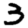
Digit: 3